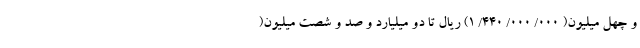
و چهل میلیون( ۰۰۰/ ۰۰۰/ ۴۴۰/ ۱) ریال تا دو میلیارد و صد و شصت میلیون(